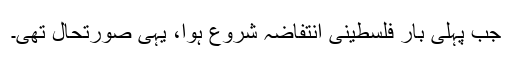
جب پہلی بار فلسطینی انتفاضہ شروع ہوا، یہی صورتحال تھی۔